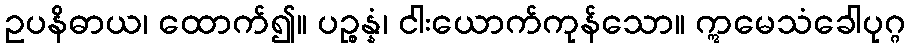
ဥပနိဓာယ၊ ထောက်၍။ ပဉ္စန္နံ၊ ငါးယောက်ကုန်သော။ ဣမေသံခေါပုဂ္ဂ